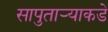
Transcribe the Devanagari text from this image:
सापुताऱ्याकडे